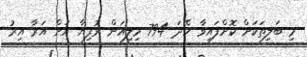
މި ބަލިތަކަށް ކޮށްފައިވާ ހޭދަ 794 މިލިއަން ރުފިޔާ އަށް އަރާ އިރު